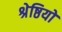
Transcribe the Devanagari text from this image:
श्रेष्ठियों